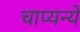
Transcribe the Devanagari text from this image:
चाप्यन्ये